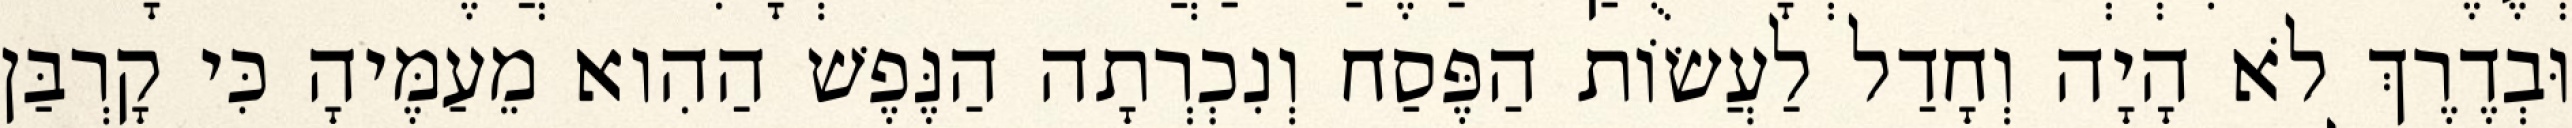
וּבְדֶרֶךְ לֹא הָיָה וְחָדַל לַעֲשׂוֹת הַפֶּסַח וְנִכְרְתָה הַנֶּפֶשׁ הַהִוא מֵעַמֶּיהָ כִּי קָרְבַּן